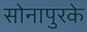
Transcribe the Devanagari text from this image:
सोनापुरके